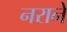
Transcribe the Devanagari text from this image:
नराने